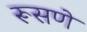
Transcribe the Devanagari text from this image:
रूसणे